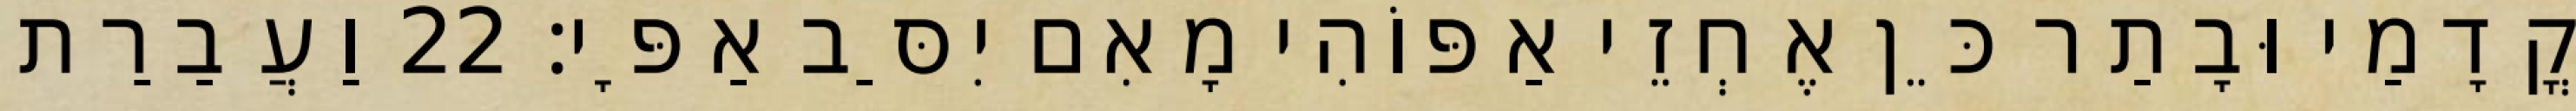
קֳדָמַי וּבָתַר כֵּן אֶחְזֵי אַפּוֹהִי מָאִם יִסַּב אַפָּי׃ 22 וַעֲבַרַת